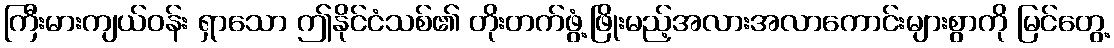
ကြီးမားကျယ်ဝန်း ရှာသော ဤနိုင်ငံသစ်၏ တိုးတက်ဖွံ့ဖြိုးမည့်အလားအလာကောင်းများစွာကို မြင်တွေ့